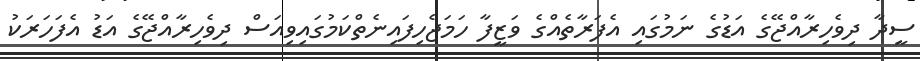
ސީދާ ދިވެހިރާއްޖޭގެ އަޑުގެ ނަމުގައި އެފަރާތެއްގެ ވަޒީފާ ހަމަޖެހިފައިނެތްކަމުގައިވިއަސް ދިވެހިރާއްޖޭގެ އަޑު އެފަހަރަކު